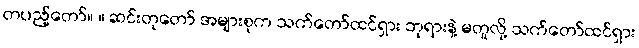
တပည့်တော်။ ။ ဆင်းတုတော် အများစုက သက်တော်ထင်ရှား ဘုရားနဲ့ မတူလို့ သက်တော်ထင်ရှား